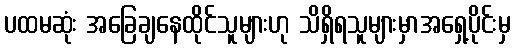
ပထမဆုံး အခြေချနေထိုင်သူများဟု သိရှိရသူများမှာအရှေ့ပိုင်းမှ